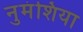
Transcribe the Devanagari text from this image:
नुमंशिया